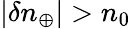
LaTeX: |\delta n_{\oplus}|>n_{0}